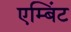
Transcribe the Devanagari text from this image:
एम्बिंट